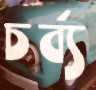
চর্ব্য